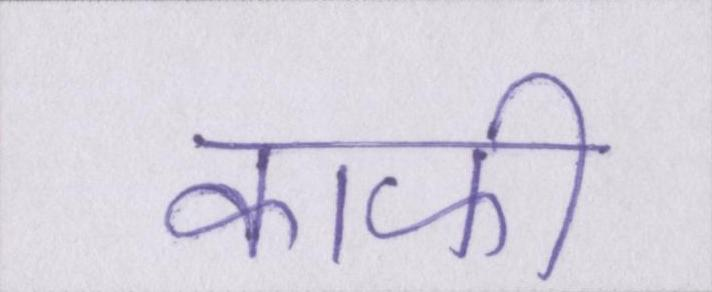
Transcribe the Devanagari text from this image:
काफी